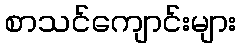
စာသင်ကျောင်းများ